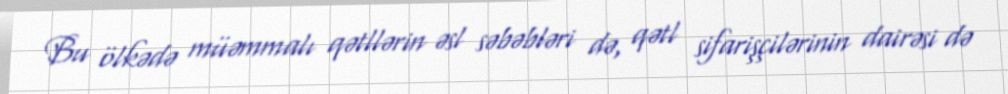
Bu ölkədə müəmmalı qətllərin əsl səbəbləri də, qətl sifarişçilərinin dairəsi də